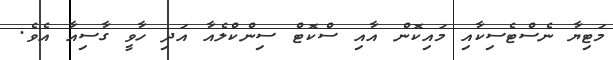
މަޓިޔާ ނެސްޓެސިކާއި މައިކޮން އާއި ސްކޮޓް ސިންކްލެއާ އަދި ހާވީ ގާސިއާ އެވެ.